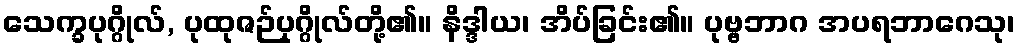
သေက္ခပုဂ္ဂိုလ်, ပုထုဇဉ်ပုဂ္ဂိုလ်တို့၏။ နိဒ္ဒါယ၊ အိပ်ခြင်း၏။ ပုဗ္ဗဘာဂ အပရဘာဂေသု၊